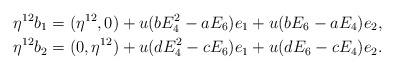
LaTeX: \begin{align*} \eta^{12}b_1 &=(\eta^{12},0) + u(bE_4^2-aE_6)e_1+u(bE_6-aE_4)e_2,\\ \eta^{12}b_2 &=(0,\eta^{12}) + u(dE_4^2-cE_6)e_1+u(dE_6-cE_4)e_2.\end{align*}